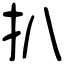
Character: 扒